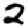
Digit: 2